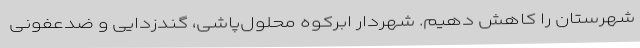
شهرستان را کاهش دهیم. شهردار ابرکوه محلول‌پاشی، گندزدایی و ضدعفونی